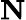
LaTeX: \mathbf{N}